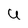
Character: U